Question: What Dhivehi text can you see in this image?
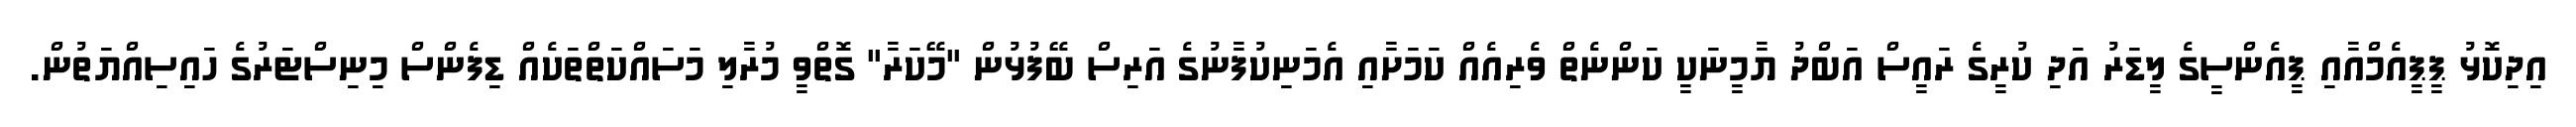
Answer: އިދިކޮޅު ޕީޕީއެމްއާއި ޕީއެންސީގެ ލީޑަރު އަދި ކުރީގެ ރައީސް އަބްދު ޔާމީނަކީ ކަންނެތް ވެރިއެއް ކަމަށާއި އެމަނިކުފާނުގެ އަރިސް ބޭފުޅުން "މޭކަރާ" ގޮތްވީ މުރާލި މަސައްކަތްތަކެއް ޑިފެންސް މިނިސްޓަރުގެ ހައިސިއްޔަތުން.